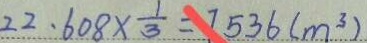
2 2 . 6 0 8 \times \frac { 1 } { 3 } = 7 5 3 6 ( m ^ { 3 } )